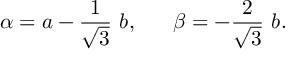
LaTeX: \alpha = a - \frac { 1 } { \sqrt { 3 } } ~ b , \; \; \; \; \; \; \beta = - \frac { 2 } { \sqrt { 3 } } ~ b .